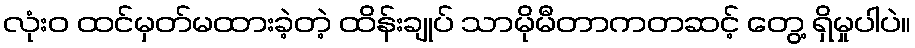
လုံးဝ ထင်မှတ်မထားခဲ့တဲ့ ထိန်းချုပ် သာမိုမီတာကတဆင့် တွေ့ ရှိမှုပါပဲ။